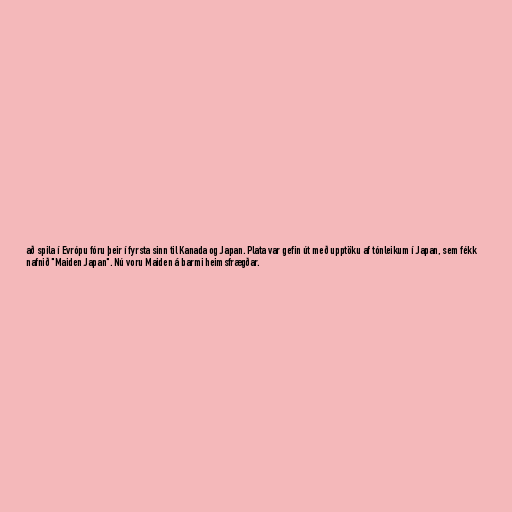
að spila í Evrópu fóru þeir í fyrsta sinn til Kanada og Japan. Plata var gefin út með upptöku af tónleikum í Japan, sem fékk
nafnið "Maiden Japan". Nú voru Maiden á barmi heimsfrægðar.